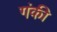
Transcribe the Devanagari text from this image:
गंकी